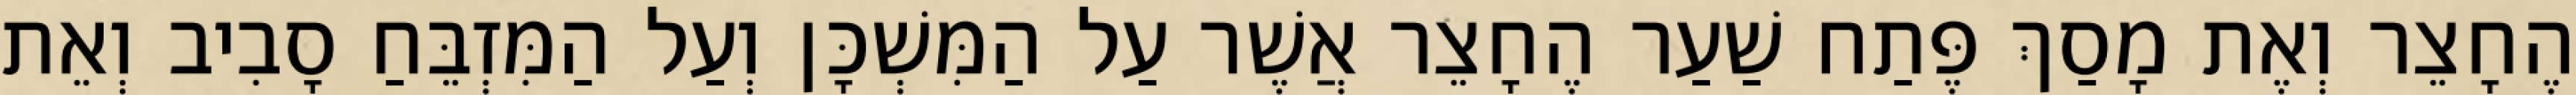
הֶחָצֵר וְאֶת מָסַךְ פֶּתַח שַׁעַר הֶחָצֵר אֲשֶׁר עַל הַמִּשְׁכָּן וְעַל הַמִּזְבֵּחַ סָבִיב וְאֵת